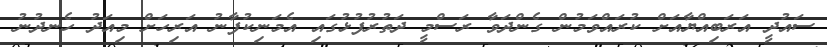
ސައުދީ އަރަބިއްޔާއަށް ކުރައްވަމުން ގެންދަވާ ރަސްމީ ދަތުރުފުޅުގައި އެމަނިކުފާނު އަރިހަށް މިއަދު ހެނދުނު